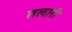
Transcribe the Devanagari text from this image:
तलारी